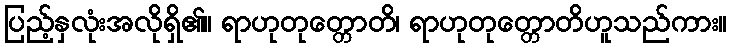
ပြည့်နှလုံးအလိုရှိ၏။ ရာဟုတုတ္တောတိ၊ ရာဟုတုတ္တောတိဟူသည်ကား။